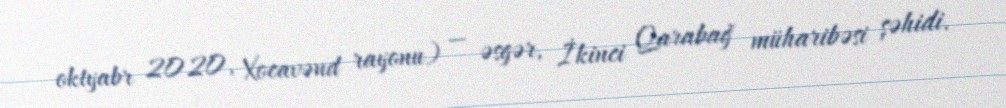
oktyabr 2020, Xocavənd rayonu) — əsgər, İkinci Qarabağ müharibəsi şəhidi.